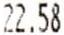
22.58